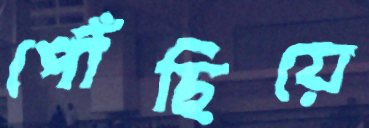
পৌঁছিয়ে